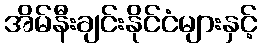
အိမ်နီးချင်းနိုင်ငံများနှင့်